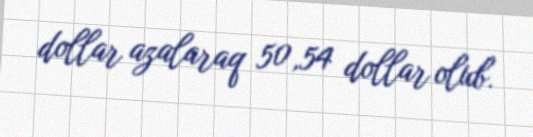
dollar azalaraq 50,54 dollar olub.